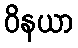
ဝိနယာ